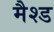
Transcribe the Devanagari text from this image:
मैश्ड